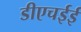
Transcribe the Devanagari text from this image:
डीएचईई